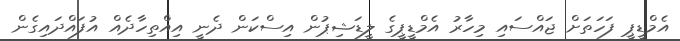
އެމްޑީޕީ ފަހަތަށް ޖައްސައި މިހާރު އެމްޑީޕީގެ ލީޑަޝިޕުން އިސްކަން ދެނީ އިއްތިހާދެއް އުފައްދައިގެން